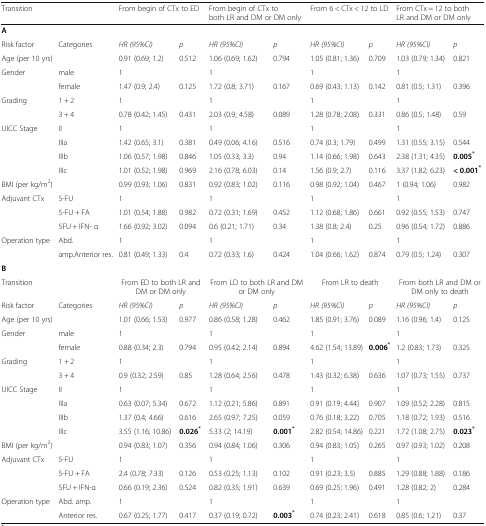
<table><thead><tr><td><b>Transition</b></td><td></td><td colspan="2"><b>From begin of CTx to ED</b></td><td colspan="2"><b>From begin of CTx to both LR and DM or DM only</b></td><td colspan="2"><b>From 6 &lt; CTx &lt; 12 to LD</b></td><td colspan="2"><b>From CTx = 12 to both LR and DM or DM only</b></td></tr></thead><tbody><tr><td colspan="10"><b>A</b></td></tr><tr><td>Risk factor</td><td>Categories</td><td><i>HR (95%CI)</i></td><td><i>p</i></td><td><i>HR (95%CI)</i></td><td><i>p</i></td><td><i>HR (95%CI)</i></td><td><i>p</i></td><td><i>HR (95%CI)</i></td><td><i>p</i></td></tr><tr><td>Age (per 10 yrs)</td><td></td><td>0.91 (0.69; 1.2)</td><td>0.512</td><td>1.06 (0.69; 1.62)</td><td>0.794</td><td>1.05 (0.81; 1.36)</td><td>0.709</td><td>1.03 (0.79; 1.34)</td><td>0.821</td></tr><tr><td rowspan="2">Gender</td><td>male</td><td>1</td><td></td><td>1</td><td></td><td>1</td><td></td><td>1</td><td></td></tr><tr><td>female</td><td>1.47 (0.9; 2.4)</td><td>0.125</td><td>1.72 (0.8; 3.71)</td><td>0.167</td><td>0.69 (0.43; 1.13)</td><td>0.142</td><td>0.81 (0.5; 1.31)</td><td>0.396</td></tr><tr><td rowspan="2">Grading</td><td>1 + 2</td><td>1</td><td></td><td>1</td><td></td><td>1</td><td></td><td>1</td><td></td></tr><tr><td>3 + 4</td><td>0.78 (0.42; 1.45)</td><td>0.431</td><td>2.03 (0.9; 4.58)</td><td>0.089</td><td>1.28 (0.78; 2.08)</td><td>0.331</td><td>0.86 (0.5; 1.48)</td><td>0.59</td></tr><tr><td rowspan="4">UICC Stage</td><td>II</td><td>1</td><td></td><td>1</td><td></td><td>1</td><td></td><td>1</td><td></td></tr><tr><td>IIIa</td><td>1.42 (0.65; 3.1)</td><td>0.381</td><td>0.49 (0.06; 4.16)</td><td>0.516</td><td>0.74 (0.3; 1.79)</td><td>0.499</td><td>1.31 (0.55; 3.15)</td><td>0.544</td></tr><tr><td>IIIb</td><td>1.06 (0.57; 1.98)</td><td>0.846</td><td>1.05 (0.33; 3.3)</td><td>0.94</td><td>1.14 (0.66; 1.98)</td><td>0.643</td><td>2.38 (1.31; 4.35)</td><td><b>0.005</b><sup><b>*</b></sup></td></tr><tr><td>IIIc</td><td>1.01 (0.52; 1.98)</td><td>0.969</td><td>2.16 (0.78; 6.03)</td><td>0.14</td><td>1.56 (0.9; 2.7)</td><td>0.116</td><td>3.37 (1.82; 6.23)</td><td><b>&lt; 0.001</b><sup><b>*</b></sup></td></tr><tr><td>BMI (per kg/m<sup>2</sup>)</td><td></td><td>0.99 (0.93; 1.06)</td><td>0.831</td><td>0.92 (0.83; 1.02)</td><td>0.116</td><td>0.98 (0.92; 1.04)</td><td>0.467</td><td>1 (0.94; 1.06)</td><td>0.982</td></tr><tr><td rowspan="3">Adjuvant CTx</td><td>5-FU</td><td>1</td><td></td><td>1</td><td></td><td>1</td><td></td><td>1</td><td></td></tr><tr><td>5-FU + FA</td><td>1.01 (0.54; 1.88)</td><td>0.982</td><td>0.72 (0.31; 1.69)</td><td>0.452</td><td>1.12 (0.68; 1.86)</td><td>0.661</td><td>0.92 (0.55; 1.53)</td><td>0.747</td></tr><tr><td>5FU + IFN- α</td><td>1.66 (0.92; 3.02)</td><td>0.094</td><td>0.6 (0.21; 1.71)</td><td>0.34</td><td>1.38 (0.8; 2.4)</td><td>0.25</td><td>0.96 (0.54; 1.72)</td><td>0.886</td></tr><tr><td rowspan="2">Operation type</td><td>Abd.</td><td>1</td><td></td><td>1</td><td></td><td>1</td><td></td><td>1</td><td></td></tr><tr><td>amp.Anterior res.</td><td>0.81 (0.49; 1.33)</td><td>0.4</td><td>0.72 (0.33; 1.6)</td><td>0.424</td><td>1.04 (0.66; 1.62)</td><td>0.874</td><td>0.79 (0.5; 1.24)</td><td>0.307</td></tr><tr><td colspan="10"><b>B</b></td></tr><tr><td>Transition</td><td></td><td colspan="2">From ED to both LR and DM or DM only</td><td colspan="2">From LD to both LR and DM or DM only</td><td colspan="2">From LR to death</td><td colspan="2">From both LR and DM or DM only to death</td></tr><tr><td>Risk factor</td><td>Categories</td><td><i>HR (95%CI)</i></td><td><i>p</i></td><td><i>HR (95%CI)</i></td><td><i>p</i></td><td><i>HR (95%CI)</i></td><td><i>p</i></td><td><i>HR (95%CI)</i></td><td><i>p</i></td></tr><tr><td>Age (per 10 yrs)</td><td></td><td>1.01 (0.66; 1.53)</td><td>0.977</td><td>0.86 (0.58; 1.28)</td><td>0.462</td><td>1.85 (0.91; 3.76)</td><td>0.089</td><td>1.16 (0.96; 1.4)</td><td>0.125</td></tr><tr><td rowspan="2">Gender</td><td>male</td><td>1</td><td></td><td>1</td><td></td><td>1</td><td></td><td>1</td><td></td></tr><tr><td>female</td><td>0.88 (0.34; 2.3)</td><td>0.794</td><td>0.95 (0.42; 2.14)</td><td>0.894</td><td>4.62 (1.54; 13.89)</td><td><b>0.006</b><sup><b>*</b></sup></td><td>1.2 (0.83; 1.73)</td><td>0.325</td></tr><tr><td rowspan="2">Grading</td><td>1 + 2</td><td>1</td><td></td><td>1</td><td></td><td>1</td><td></td><td>1</td><td></td></tr><tr><td>3 + 4</td><td>0.9 (0.32; 2.59)</td><td>0.85</td><td>1.28 (0.64; 2.56)</td><td>0.478</td><td>1.43 (0.32; 6.38)</td><td>0.636</td><td>1.07 (0.73; 1.55)</td><td>0.737</td></tr><tr><td rowspan="4">UICC Stage</td><td>II</td><td>1</td><td></td><td>1</td><td></td><td>1</td><td></td><td>1</td><td></td></tr><tr><td>IIIa</td><td>0.63 (0.07; 5.34)</td><td>0.672</td><td>1.12 (0.21; 5.86)</td><td>0.891</td><td>0.91 (0.19; 4.44)</td><td>0.907</td><td>1.09 (0.52; 2.28)</td><td>0.815</td></tr><tr><td>IIIb</td><td>1.37 (0.4; 4.66)</td><td>0.616</td><td>2.65 (0.97; 7.25)</td><td>0.059</td><td>0.76 (0.18; 3.22)</td><td>0.705</td><td>1.18 (0.72; 1.93)</td><td>0.516</td></tr><tr><td>IIIc</td><td>3.55 (1.16; 10.86)</td><td><b>0.026</b><sup><b>*</b></sup></td><td>5.33 (2; 14.19)</td><td><b>0.001</b><sup><b>*</b></sup></td><td>2.82 (0.54; 14.86)</td><td>0.221</td><td>1.72 (1.08; 2.75)</td><td><b>0.023</b><sup><b>*</b></sup></td></tr><tr><td>BMI (per kg/m<sup>2</sup>)</td><td></td><td>0.94 (0.83; 1.07)</td><td>0.356</td><td>0.94 (0.84; 1.06)</td><td>0.306</td><td>0.94 (0.83; 1.05)</td><td>0.265</td><td>0.97 (0.93; 1.02)</td><td>0.208</td></tr><tr><td rowspan="3">Adjuvant CTx</td><td>5-FU</td><td>1</td><td></td><td>1</td><td></td><td>1</td><td></td><td>1</td><td></td></tr><tr><td>5-FU + FA</td><td>2.4 (0.78; 7.33)</td><td>0.126</td><td>0.53 (0.25; 1.13)</td><td>0.102</td><td>0.91 (0.23; 3.5)</td><td>0.885</td><td>1.29 (0.88; 1.88)</td><td>0.186</td></tr><tr><td>5FU + IFN-α</td><td>0.66 (0.19; 2.36)</td><td>0.524</td><td>0.82 (0.35; 1.91)</td><td>0.639</td><td>0.69 (0.25; 1.96)</td><td>0.491</td><td>1.28 (0.82; 2)</td><td>0.284</td></tr><tr><td rowspan="2">Operation type</td><td>Abd. amp.</td><td>1</td><td></td><td>1</td><td></td><td>1</td><td></td><td>1</td><td></td></tr><tr><td>Anterior res.</td><td>0.67 (0.25; 1.77)</td><td>0.417</td><td>0.37 (0.19; 0.72)</td><td><b>0.003</b><sup><b>*</b></sup></td><td>0.74 (0.23; 2.41)</td><td>0.618</td><td>0.85 (0.6; 1.21)</td><td>0.37</td></tr></tbody></table>